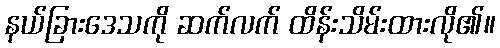
နယ်ခြားဒေသကို ဆက်လက် ထိန်းသိမ်းထားလို၏။